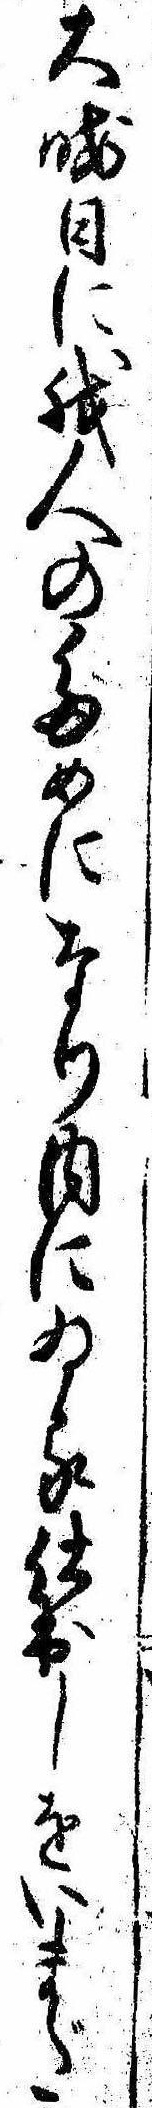
大晦日に我人のためになり内にゐる仕出しをいまだ